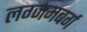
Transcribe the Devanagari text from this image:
लग्जमबर्ग